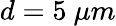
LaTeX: d=5~\mu m